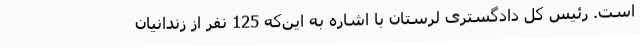
است. رئیس‌ کل دادگستری لرستان با اشاره به این‌که 125 نفر از زندانیان